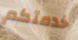
خدمتكم